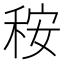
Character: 𥞬